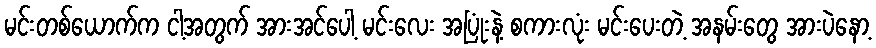
မင်းတစ်ယောက်က ငါ့အတွက် အားအင်ပေါ့ မင်းလေး အပြုံးနဲ့ စကားလုံး မင်းပေးတဲ့ အနမ်းတွေ အားပဲနော့